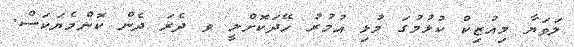
ލަވަޔާ މިއުޒިކް ކުޅުމުގަ މުޅި އުމުރު ހޭދަކޮށްލީ ވ ދެރަ ދެން ކޮންމެޔަކަސް.